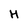
Character: H